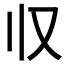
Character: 𰀡